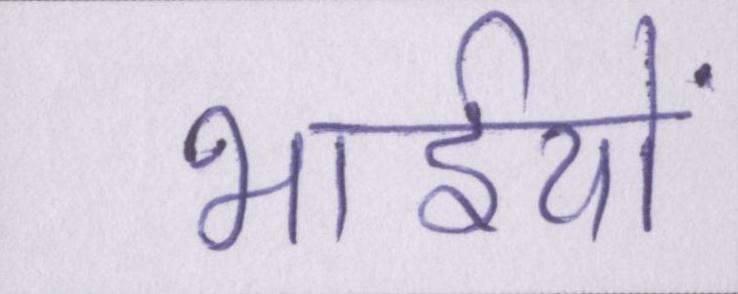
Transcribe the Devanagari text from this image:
भाईयों